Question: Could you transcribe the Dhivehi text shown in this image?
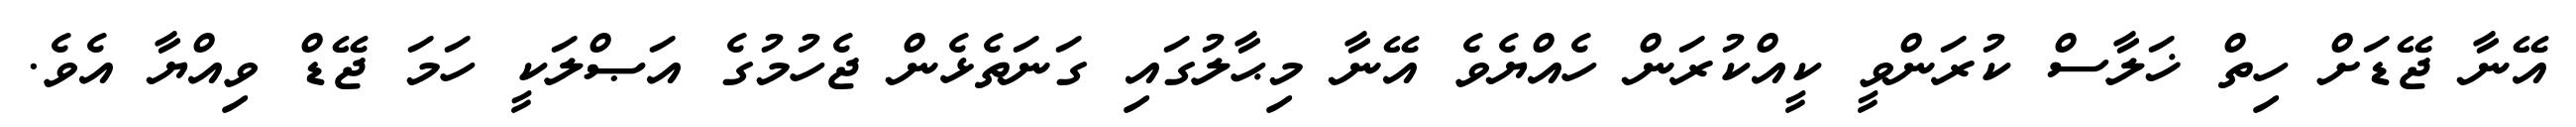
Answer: އޭނާ ޖޭޑަށް ހިތް ޚަލާސް ކުރަންވީ ކީއްކުރަން ހެއްޔެވެ އޭނާ މިޙާލުގައި ގަނަތެޅެން ޖެހުމުގެ އަޞްލަކީ ހަމަ ޖޭޑް ވިއްޔާ އެވެ.